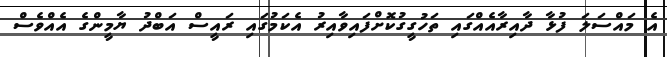
އެ މައްސަލަ ފުޅާ ދާއިރާއެއްގައި ތަހުގީގުކޮށްފައިވާއިރު އެކަމުގައި ރައީސް އަބްދު ޔާމީންގެ އެއްވެސް